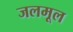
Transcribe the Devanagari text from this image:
जलमूल